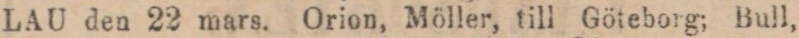
LAU den 22 mars. Orion, Möller, till Göteborg; Bull,